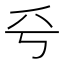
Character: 𠂞